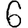
Digit: 6